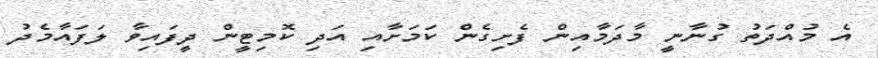
އެ މުއްދަތު ގުނާނީ މާދަމާއިން ފެށިގެން ކަމަށާއި އަދި ކޮމިޓީން ދީފައިވާ ލަފައާމެދު